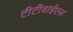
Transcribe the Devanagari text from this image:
टीटीवाईएल